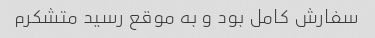
سفارش کامل بود و به موقع رسید متشکرم